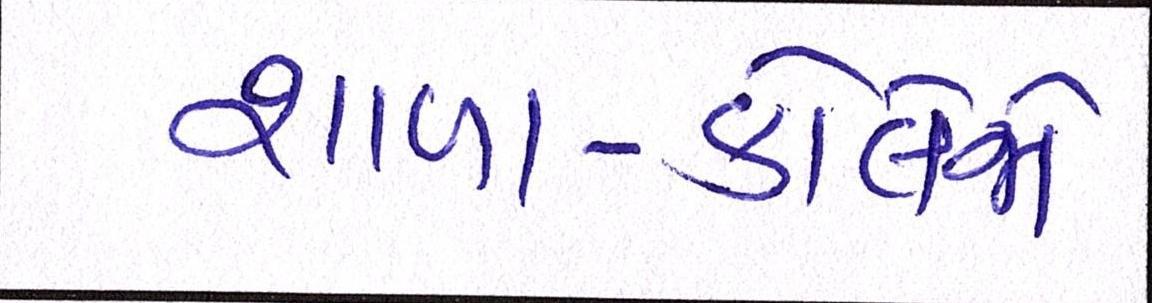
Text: શાળા-કોલેજો